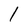
Character: l